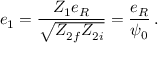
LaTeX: e _ { 1 } = \frac { Z _ { 1 } e _ { R } } { \sqrt { Z _ { 2 f } Z _ { 2 i } } } = \frac { e _ { R } } { \psi _ { 0 } } \, .